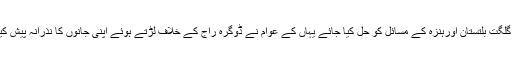
انہوں نے کہاکہ سی پیک کو متنازع ہونے سے بچانے کے لیے ضروری ہے کہ گلگت بلتستان اورہنزہ کے مسائل کو حل کیا جائے یہاں کے عوام نے ڈوگرہ راج کے خلاف لڑتے ہوئے اپنی جانوں کا نذرانہ پیش کیا اور 36 ہزار مربع کلو میٹر علاقہ پاکستان میں شامل کرانے میں کامیاب ہوئے ۔